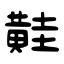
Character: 黊